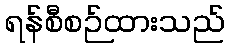
ရန်စီစဉ်ထားသည်